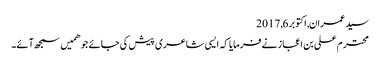
سید عمران, ‏اکتوبر 6, 2017
محترم علی بن اعجاز نے فرمایا کہ ایسی شاعری پیش کی جائے جو ھمیں سمجھ آئے۔